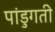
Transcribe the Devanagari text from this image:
पांडुगती